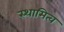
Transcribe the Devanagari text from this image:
स्थामित्व